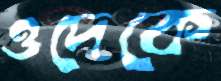
ওদেকে